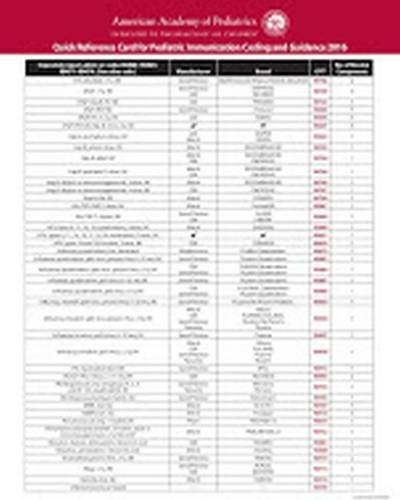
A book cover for Quick Reference Card for Pediatric Immunization Coding and Guidance 2016; Committee on Coding and Nomenclature; Medical Books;